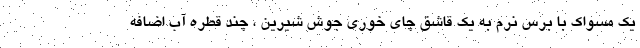
یک مسواک با برس نرم به یک قاشق چای خوری جوش شیرین ، چند قطره آب اضافه